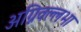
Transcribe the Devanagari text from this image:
अग्निवल्लभा